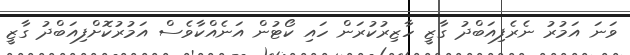
ވަނަ އަމުރު ނެރެފިއަބްދު ގާޒީ ހާޒިރުކުރަން ހައި ކޯޓުން އަނެއްކާވެސް އަމުރުކޮށްފިއަބްދު ގާޒީ